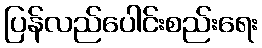
ပြန်လည်ပေါင်းစည်းရေး